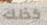
كذلك